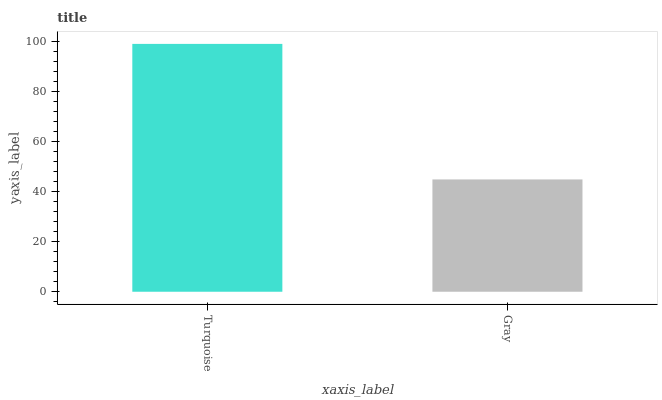
| xaxis_label | bars |
 | --- | --- |
 | Turquoise | 99 |
 | Gray | 44.9 |